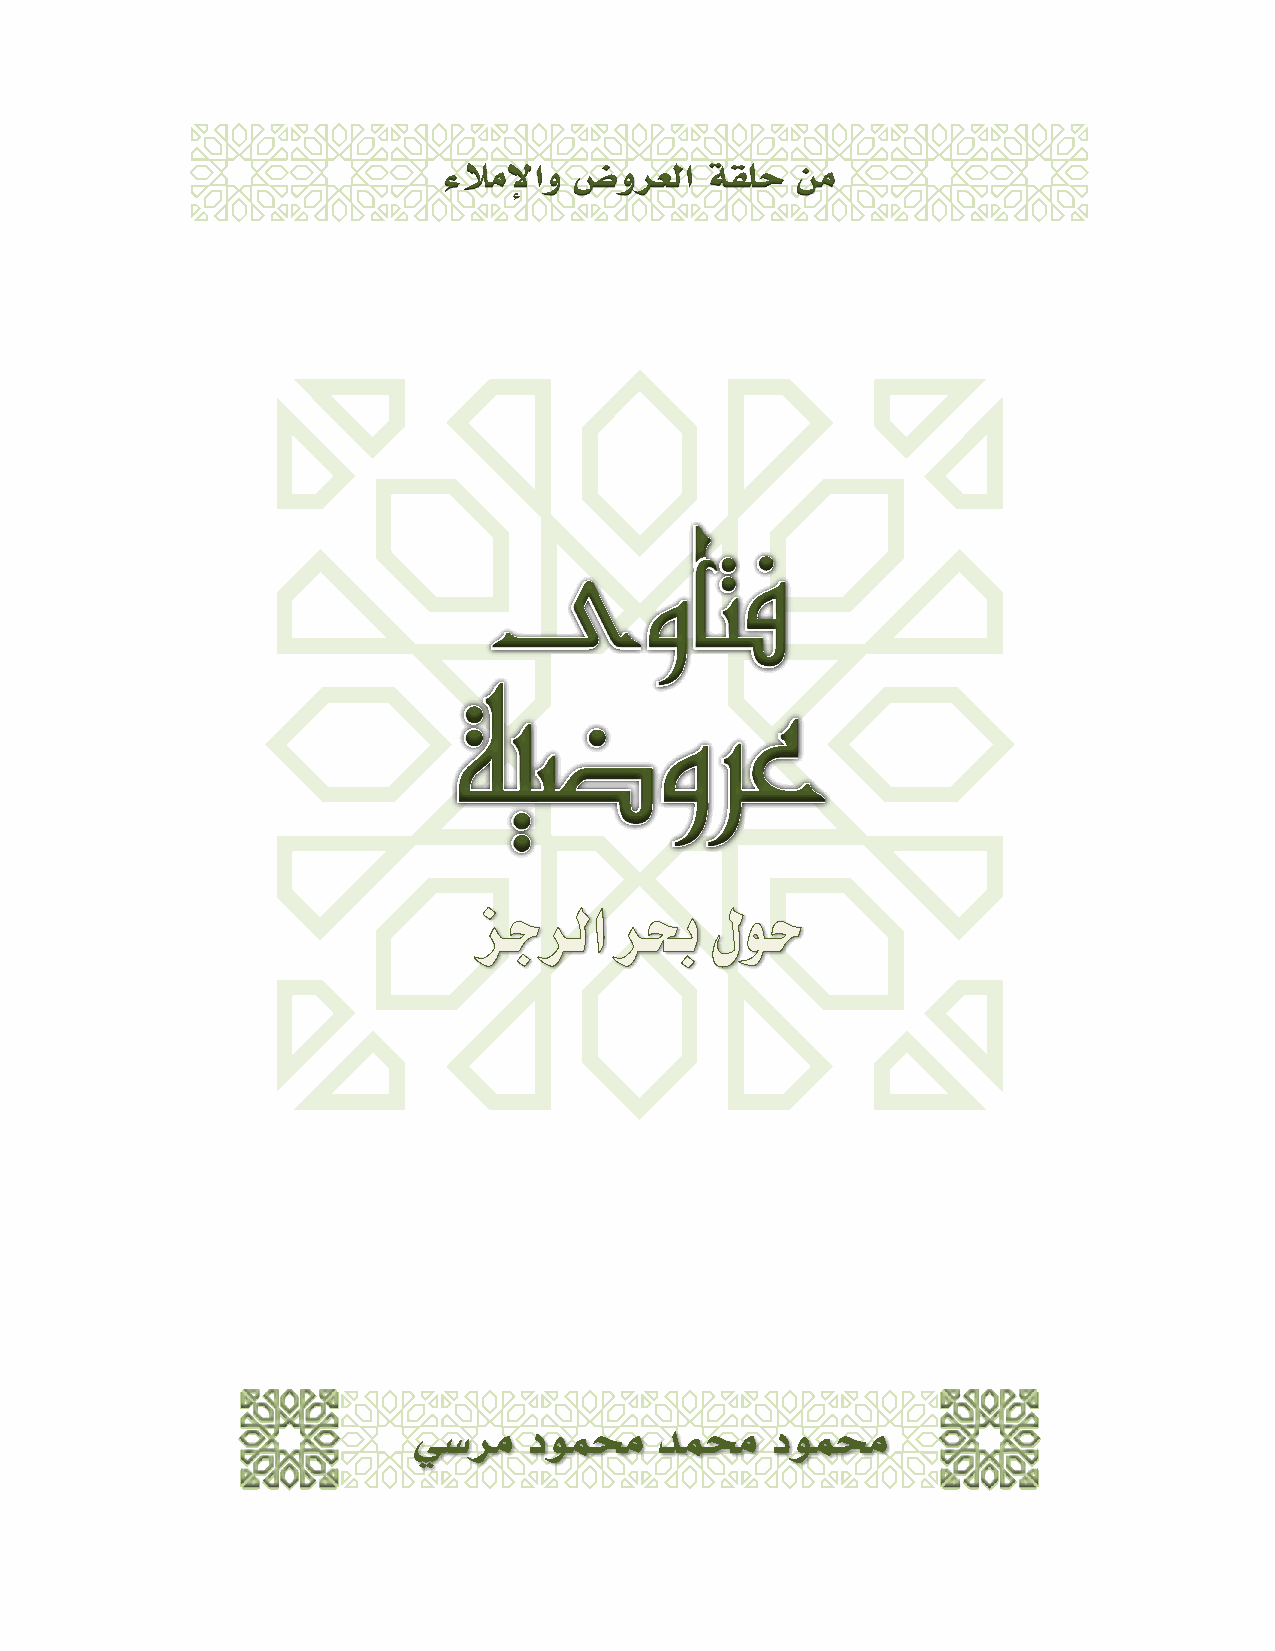
يسرم دوممح دممح دوممح                  زجرلا ربح لوح ةيضورع ىواتف
 
 ءلاملإاو ضورعلا   ةقلح  نم
 ىواتف
 ةيضورع
 
 يسرم    دوممح    دممح   دوممح
 24